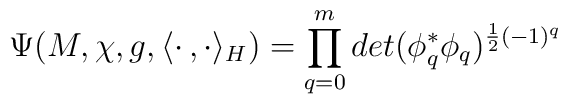
\Psi(M,\chi,g,\langle\cdot\,,\cdot\rangle_H)=\prod_{q=0}^mdet(\phi_q^*\phi_q)^{\frac{1}{2}(-1)^q}